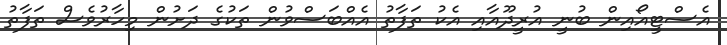
އެސްޓީއޯއިން ބުނީ އުރީދޫއާއި އެކު ތަފާތު އެއްބަސްވުން ތަކުގެ ދަށުން މިހާރުވެސް ތަފާތު